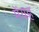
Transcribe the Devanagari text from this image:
मेंयह